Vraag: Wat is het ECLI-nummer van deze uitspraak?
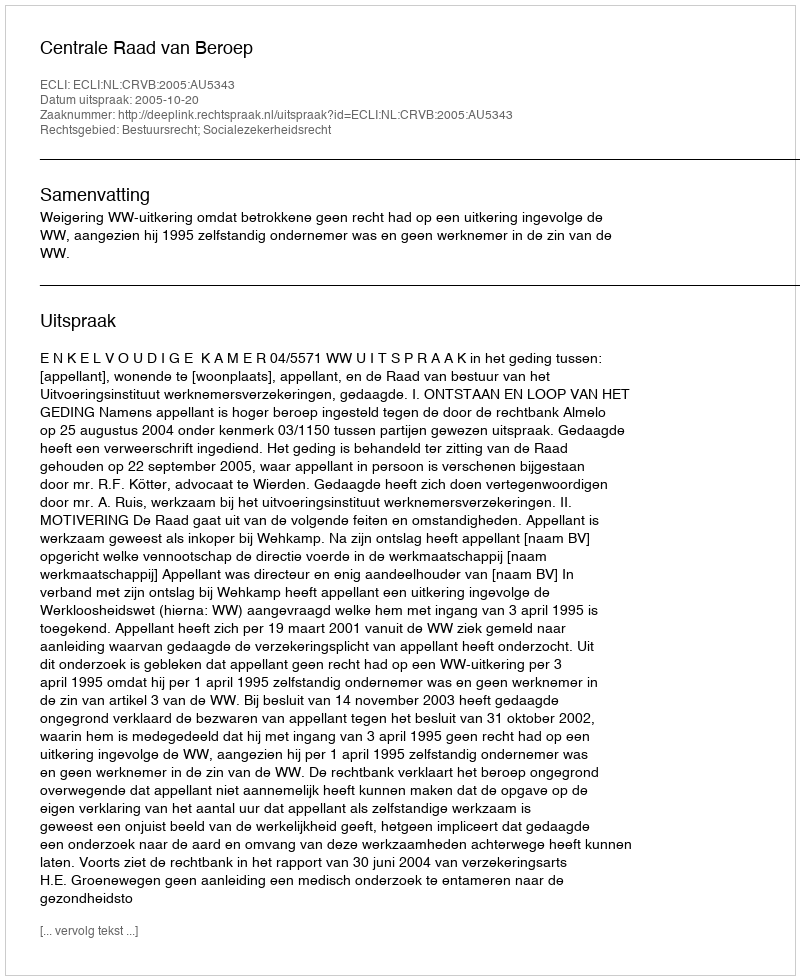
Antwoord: ECLI:NL:CRVB:2005:AU5343